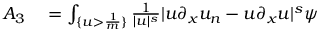
\begin{array} { r l } { A _ { 3 } } & { { } = \int _ { \{ u > \frac { 1 } { m } \} } \frac { 1 } { \lvert u \rvert ^ { s } } \lvert u \partial _ { x } u _ { n } - u \partial _ { x } u \rvert ^ { s } \psi } \end{array}